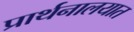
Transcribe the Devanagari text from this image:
प्रार्थनालयात